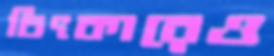
চিৎকারেও